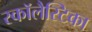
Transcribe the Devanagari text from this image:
स्कॉलैस्टिका